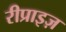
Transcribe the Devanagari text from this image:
रीप्राइज़